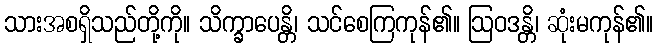
သားအစရှိသည်တို့ကို။ သိက္ခာပေန္တိ၊ သင်စေကြကုန်၏။ ဩဝဒန္တိ၊ ဆုံးမကုန်၏။